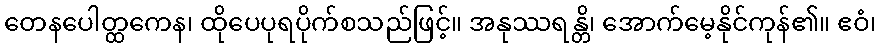
တေနပေါတ္ထကေန၊ ထိုပေပုရပိုက်စသည်ဖြင့်။ အနုဿရန္တိ၊ အောက်မေ့နိုင်ကုန်၏။ ဧဝံ၊